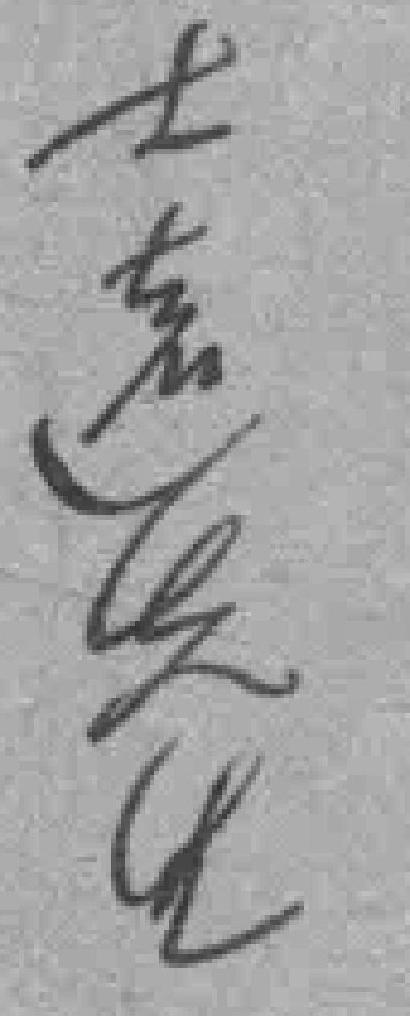
士遠先生